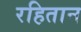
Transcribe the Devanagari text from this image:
रहितान